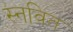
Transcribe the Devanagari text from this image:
स्नवित